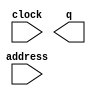
// megafunction wizard: %ROM: 1-PORT%VBB%
// GENERATION: STANDARD
// VERSION: WM1.0
// MODULE: altsyncram 

// ============================================================
// Megafunction Name(s):
// 			altsyncram
//
// Simulation Library Files(s):
// 			altera_mf
// ============================================================
// ************************************************************
// THIS IS A WIZARD-GENERATED FILE. DO NOT EDIT THIS FILE!
//
// 19.1.0 Build 670 09/22/2019 SJ Lite Edition
// ************************************************************

//Copyright (C) 2019  Intel Corporation. All rights reserved.
//Your use of Intel Corporation's design tools, logic functions 
//and other software and tools, and any partner logic 
//functions, and any output files from any of the foregoing 
//(including device programming or simulation files), and any 
//associated documentation or information are expressly subject 
//to the terms and conditions of the Intel Program License 
//Subscription Agreement, the Intel Quartus Prime License Agreement,
//the Intel FPGA IP License Agreement, or other applicable license
//agreement, including, without limitation, that your use is for
//the sole purpose of programming logic devices manufactured by
//Intel and sold by Intel or its authorized distributors.  Please
//refer to the applicable agreement for further details, at
//https://fpgasoftware.intel.com/eula.

module card_nums_mem (
	address,
	clock,
	q);

	input	[13:0]  address;
	input	  clock;
	output	[7:0]  q;
`ifndef ALTERA_RESERVED_QIS
// synopsys translate_off
`endif
	tri1	  clock;
`ifndef ALTERA_RESERVED_QIS
// synopsys translate_on
`endif

endmodule

// ============================================================
// CNX file retrieval info
// ============================================================
// Retrieval info: PRIVATE: ADDRESSSTALL_A NUMERIC "0"
// Retrieval info: PRIVATE: AclrAddr NUMERIC "0"
// Retrieval info: PRIVATE: AclrByte NUMERIC "0"
// Retrieval info: PRIVATE: AclrOutput NUMERIC "0"
// Retrieval info: PRIVATE: BYTE_ENABLE NUMERIC "0"
// Retrieval info: PRIVATE: BYTE_SIZE NUMERIC "8"
// Retrieval info: PRIVATE: BlankMemory NUMERIC "0"
// Retrieval info: PRIVATE: CLOCK_ENABLE_INPUT_A NUMERIC "0"
// Retrieval info: PRIVATE: CLOCK_ENABLE_OUTPUT_A NUMERIC "0"
// Retrieval info: PRIVATE: Clken NUMERIC "0"
// Retrieval info: PRIVATE: IMPLEMENT_IN_LES NUMERIC "0"
// Retrieval info: PRIVATE: INIT_FILE_LAYOUT STRING "PORT_A"
// Retrieval info: PRIVATE: INIT_TO_SIM_X NUMERIC "0"
// Retrieval info: PRIVATE: INTENDED_DEVICE_FAMILY STRING "Cyclone V"
// Retrieval info: PRIVATE: JTAG_ENABLED NUMERIC "0"
// Retrieval info: PRIVATE: JTAG_ID STRING "NONE"
// Retrieval info: PRIVATE: MAXIMUM_DEPTH NUMERIC "0"
// Retrieval info: PRIVATE: MIFfilename STRING "./textures/nums.mif"
// Retrieval info: PRIVATE: NUMWORDS_A NUMERIC "9680"
// Retrieval info: PRIVATE: RAM_BLOCK_TYPE NUMERIC "0"
// Retrieval info: PRIVATE: RegAddr NUMERIC "1"
// Retrieval info: PRIVATE: RegOutput NUMERIC "1"
// Retrieval info: PRIVATE: SYNTH_WRAPPER_GEN_POSTFIX STRING "0"
// Retrieval info: PRIVATE: SingleClock NUMERIC "1"
// Retrieval info: PRIVATE: UseDQRAM NUMERIC "0"
// Retrieval info: PRIVATE: WidthAddr NUMERIC "14"
// Retrieval info: PRIVATE: WidthData NUMERIC "8"
// Retrieval info: PRIVATE: rden NUMERIC "0"
// Retrieval info: LIBRARY: altera_mf altera_mf.altera_mf_components.all
// Retrieval info: CONSTANT: ADDRESS_ACLR_A STRING "NONE"
// Retrieval info: CONSTANT: CLOCK_ENABLE_INPUT_A STRING "BYPASS"
// Retrieval info: CONSTANT: CLOCK_ENABLE_OUTPUT_A STRING "BYPASS"
// Retrieval info: CONSTANT: INIT_FILE STRING "./textures/nums.mif"
// Retrieval info: CONSTANT: INTENDED_DEVICE_FAMILY STRING "Cyclone V"
// Retrieval info: CONSTANT: LPM_HINT STRING "ENABLE_RUNTIME_MOD=NO"
// Retrieval info: CONSTANT: LPM_TYPE STRING "altsyncram"
// Retrieval info: CONSTANT: NUMWORDS_A NUMERIC "9680"
// Retrieval info: CONSTANT: OPERATION_MODE STRING "ROM"
// Retrieval info: CONSTANT: OUTDATA_ACLR_A STRING "NONE"
// Retrieval info: CONSTANT: OUTDATA_REG_A STRING "CLOCK0"
// Retrieval info: CONSTANT: WIDTHAD_A NUMERIC "14"
// Retrieval info: CONSTANT: WIDTH_A NUMERIC "8"
// Retrieval info: CONSTANT: WIDTH_BYTEENA_A NUMERIC "1"
// Retrieval info: USED_PORT: address 0 0 14 0 INPUT NODEFVAL "address[13..0]"
// Retrieval info: USED_PORT: clock 0 0 0 0 INPUT VCC "clock"
// Retrieval info: USED_PORT: q 0 0 8 0 OUTPUT NODEFVAL "q[7..0]"
// Retrieval info: CONNECT: @address_a 0 0 14 0 address 0 0 14 0
// Retrieval info: CONNECT: @clock0 0 0 0 0 clock 0 0 0 0
// Retrieval info: CONNECT: q 0 0 8 0 @q_a 0 0 8 0
// Retrieval info: GEN_FILE: TYPE_NORMAL card_nums_mem.v TRUE
// Retrieval info: GEN_FILE: TYPE_NORMAL card_nums_mem.inc FALSE
// Retrieval info: GEN_FILE: TYPE_NORMAL card_nums_mem.cmp FALSE
// Retrieval info: GEN_FILE: TYPE_NORMAL card_nums_mem.bsf FALSE
// Retrieval info: GEN_FILE: TYPE_NORMAL card_nums_mem_inst.v FALSE
// Retrieval info: GEN_FILE: TYPE_NORMAL card_nums_mem_bb.v TRUE
// Retrieval info: LIB_FILE: altera_mf